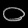
Digit: ၀